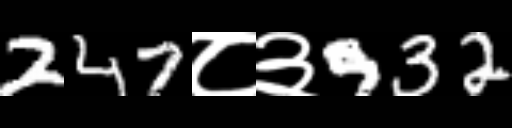
Text: 247८३932